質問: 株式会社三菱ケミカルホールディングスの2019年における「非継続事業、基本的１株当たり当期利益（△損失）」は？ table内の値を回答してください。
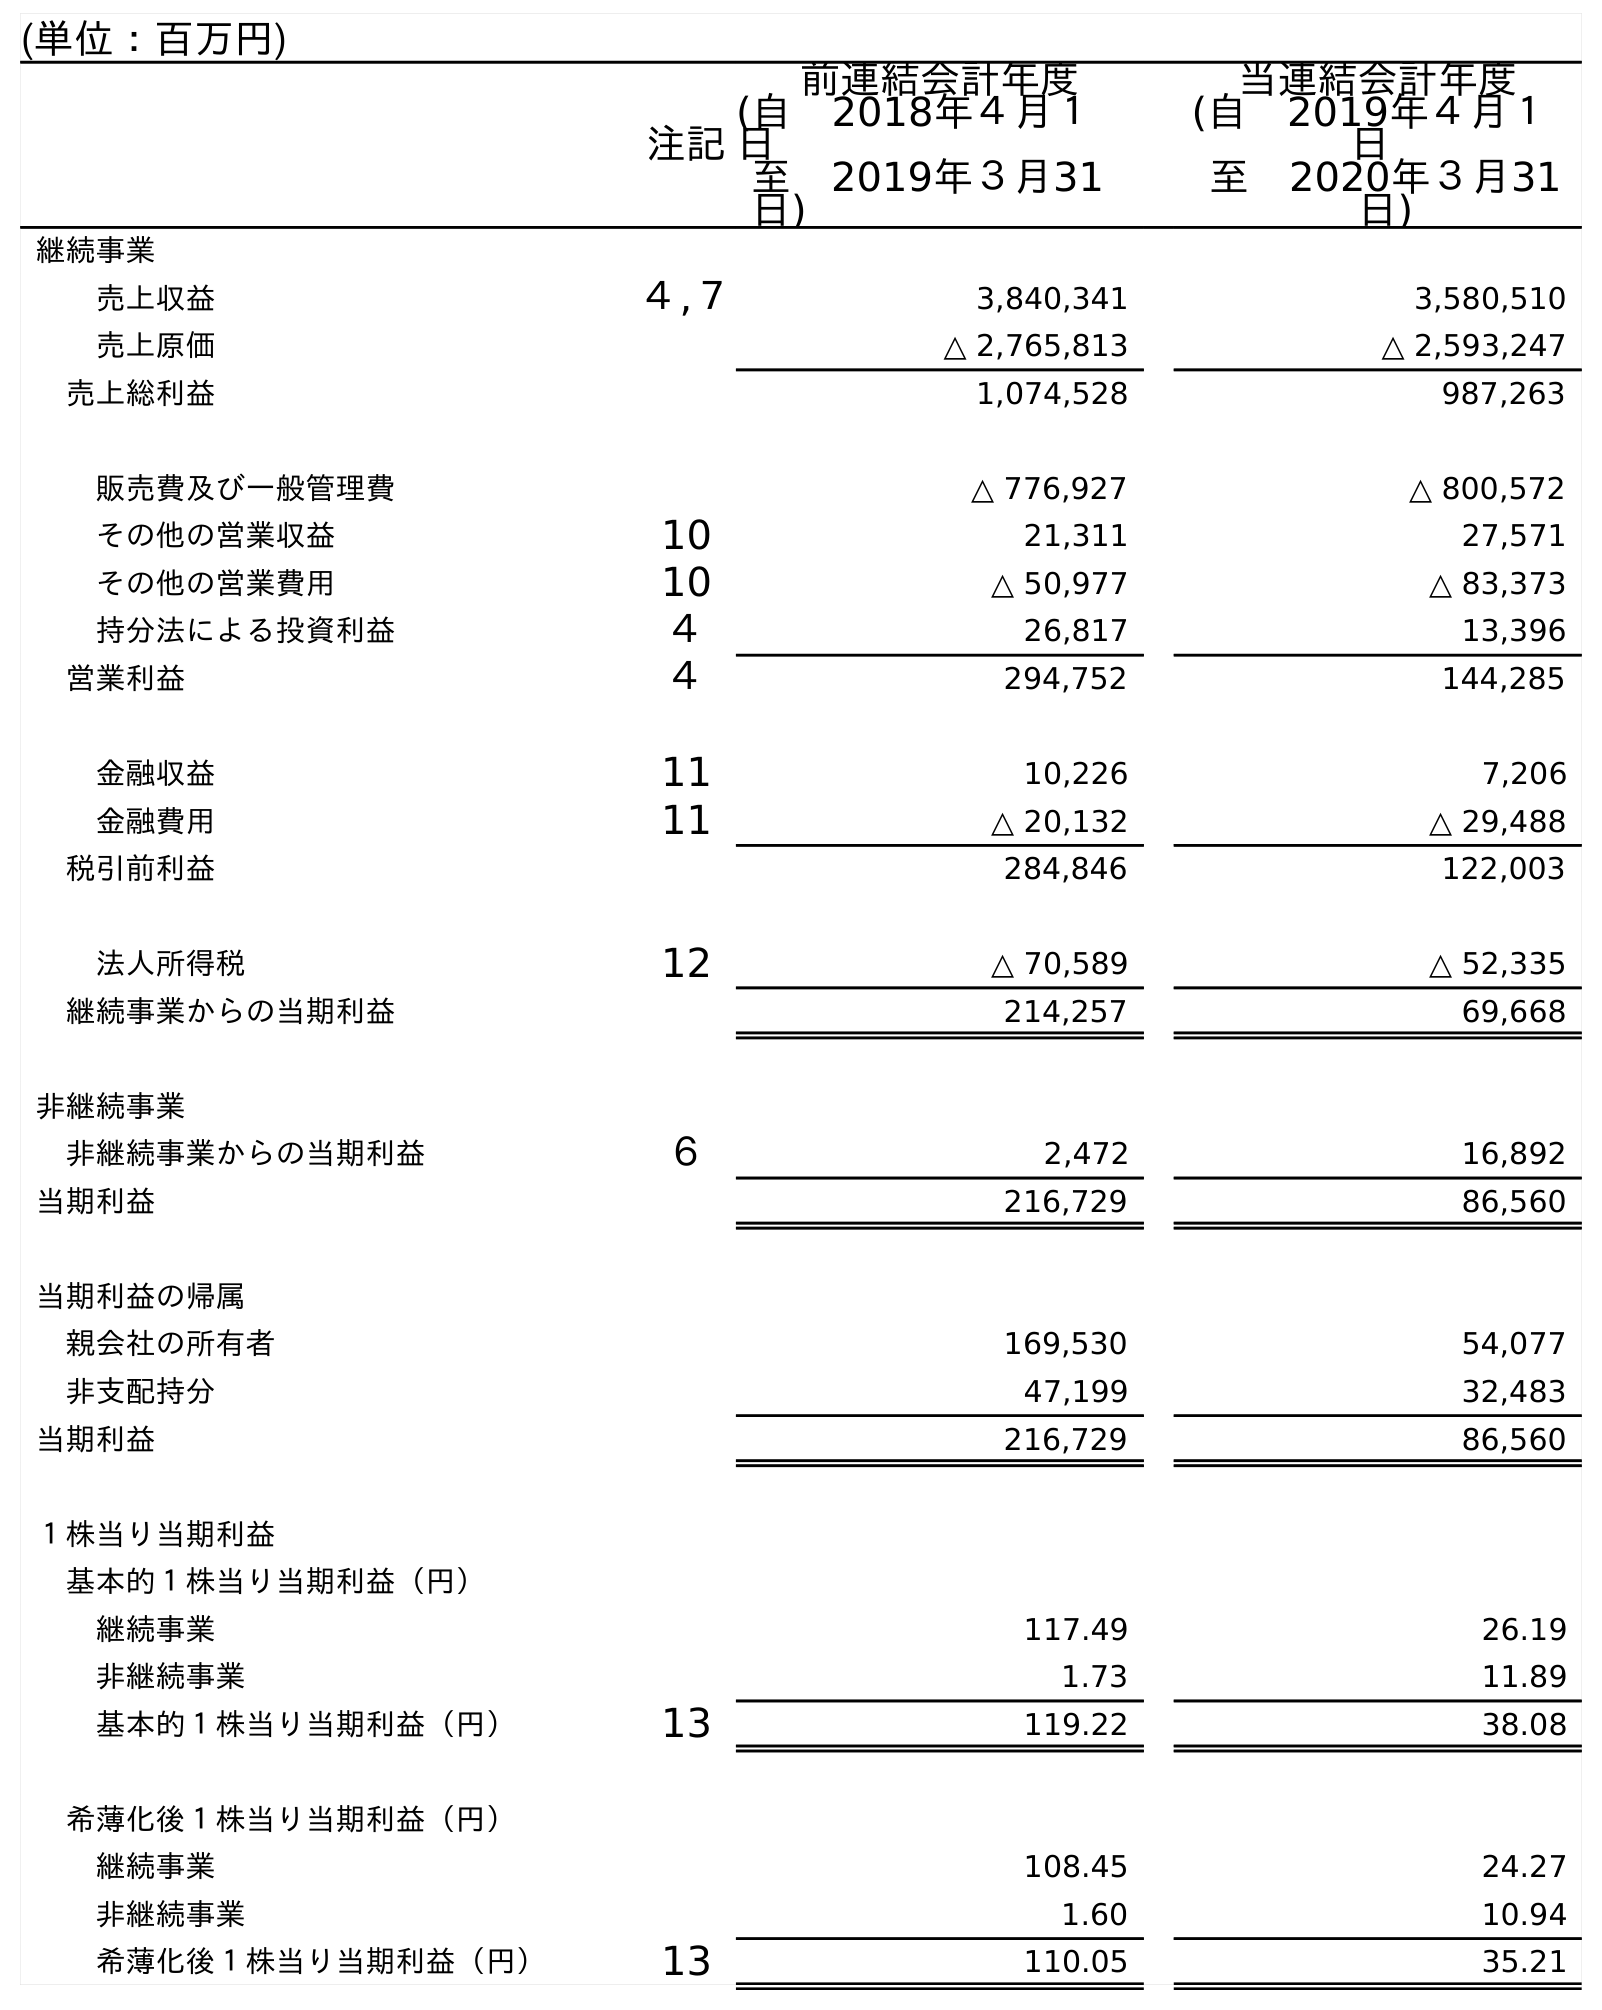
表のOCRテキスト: (単位：百万円) 注記 前連結会計年度 (自 2018年４月１ 日 至 2019年３月31 日) 当連結会計年度 (自 2019年４月１ 日 至 2020年３月31 日) 継続事業 売上収益 ４,７ 3,840,341 3,580,510 売上原価 △ 2,765,813 △ 2,593,247 売上総利益 1,074,528 987,263 販売費及び一般管理費 △ 776,927 △ 800,572 その他の営業収益 10 21,311 27,571 その他の営業費用 10 △ 50,977 △ 83,373 持分法による投資利益 ４ 26,817 13,396 営業利益 ４ 294,752 144,285 金融収益 11 10,226 7,206 金融費用 11 △ 20,132 △ 29,488 税引前利益 284,846 122,003 法人所得税 12 △ 70,589 △ 52,335 継続事業からの当期利益 214,257 69,668 非継続事業 非継続事業からの当期利益 ６ 2,472 16,892 当期利益 216,729 86,560 当期利益の帰属 親会社の所有者 169,530 54,077 非支配持分 47,199 32,483 当期利益 216,729 86,560 １株当り当期利益 基本的１株当り当期利益（円） 継続事業 117.49 26.19 非継続事業 1.73 11.89 基本的１株当り当期利益（円） 13 119.22 38.08 希薄化後１株当り当期利益（円） 継続事業 108.45 24.27 非継続事業 1.60 10.94 希薄化後１株当り当期利益（円） 13 110.05 35.21
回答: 1.73